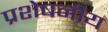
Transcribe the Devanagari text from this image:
प्रशेषनीय